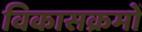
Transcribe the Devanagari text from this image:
विकासक्रमों